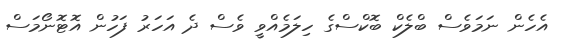
އެހެން ނަމަވެސް ބްލެކް ބޮކްސްގެ ހިލަމެއްވީ ވެސް ދެ އަހަރު ފަހުން އޮޓޮނޯމަސް